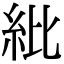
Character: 紕